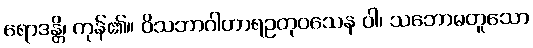
ရောဒန္တိ၊ ကုန်၏။ ဝိသဘာဂါဟာရဥတုဝသေန ဝါ၊ သဘောမတူသော